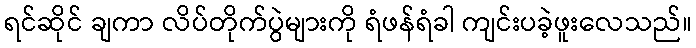
ရင်ဆိုင် ချကာ လိပ်တိုက်ပွဲများကို ရံဖန်ရံခါ ကျင်းပခဲ့ဖူးလေသည်။